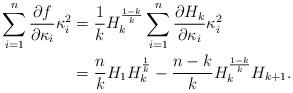
LaTeX: \begin{align*}\sum_{i=1}^{n}\frac{\partial f}{\partial\kappa_{i}}\kappa_{i}^{2}&=\frac{1}{k}H_{k}^{\frac{1-k}{k}}\sum_{i=1}^{n}\frac{\partial H_{k}}{\partial\kappa_{i}}\kappa_{i}^{2} \\&=\frac{n}{k}H_{1}H_{k}^{\frac{1}{k}}-\frac{n-k}{k}H_{k}^{\frac{1-k}{k}}H_{k+1}. \end{align*}